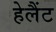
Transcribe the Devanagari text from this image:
हेलैंट